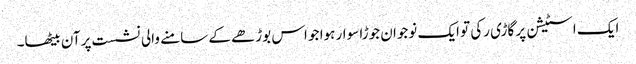
ایک اسٹیشن پر گاڑی رکی تو ایک نوجوان جوڑا سوار ہوا جو اس بوڑھے کے سامنے والی نشست پر آن بیٹھا۔